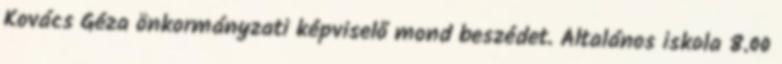
Kovács Géza önkormányzati képviselő mond beszédet. Általános iskola 8.00